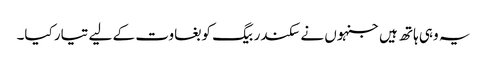
یہ وہی ہاتھ ہیں جنہوں نے سکندر بیگ کو بغاوت کے لیے تیار کیا۔